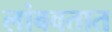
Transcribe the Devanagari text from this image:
लांबवतात